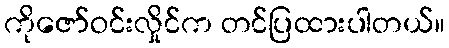
ကိုဇော်ဝင်းလှိုင်က တင်ပြထားပါတယ်။